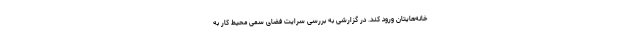
خانه‌هایتان ورود کند. در گزارشی به بررسی سرایت فضای سمی محیط کار به